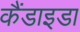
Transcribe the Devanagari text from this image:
कैंडाइडा